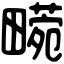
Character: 𤳙